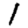
Digit: 1